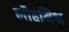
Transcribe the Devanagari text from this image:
लौहमिश्र